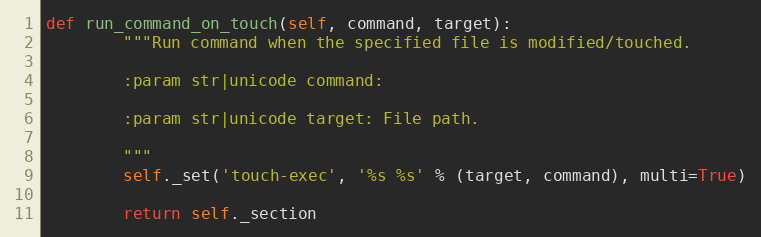
Language: Python
def run_command_on_touch(self, command, target):
        """Run command when the specified file is modified/touched.

        :param str|unicode command:

        :param str|unicode target: File path.

        """
        self._set('touch-exec', '%s %s' % (target, command), multi=True)

        return self._section